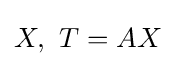
X,\,\,T=AX